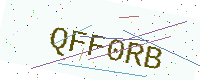
Text: QFF0RB